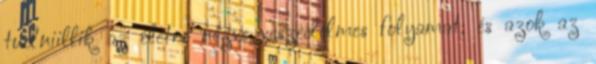
tudniillik az életre nézve veszedelmes folyamat; és azok az